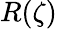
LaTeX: R(\zeta)